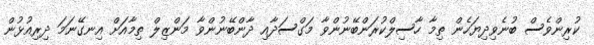
ކުރިންވެސް ބުނެވިދިޔަހެން ތިމާ ހާސިލްކުރަންބޭނުންވާ މަގްސަދާއި ދާންބޭނުންވާ މަންޒިލް ތިމާއަށް އިނގޭނަމަ ދިރިއުޅުން